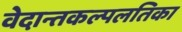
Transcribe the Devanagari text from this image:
वेदान्तकल्पलतिका